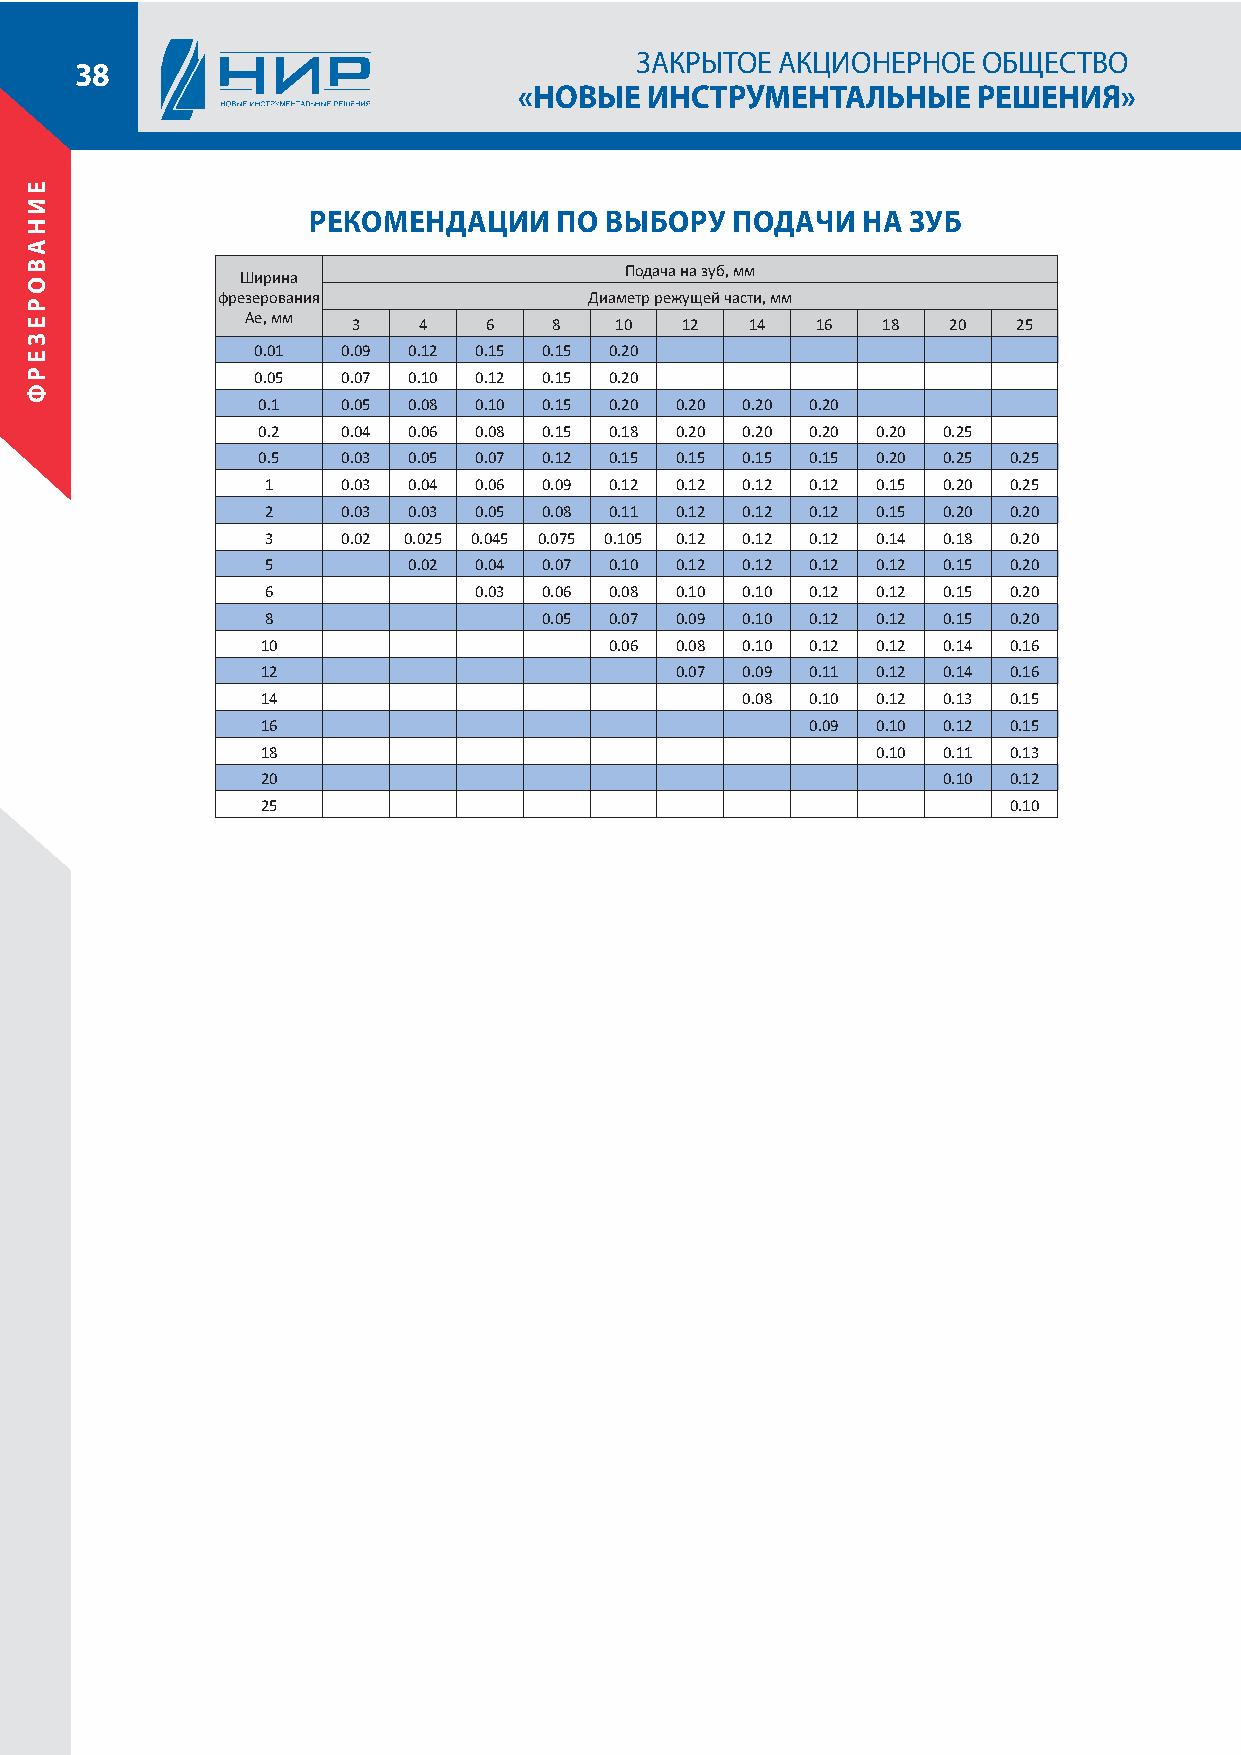
ЗАКРЫТОЕ АКЦИОНЕРНОЕ   ОБЩЕСТВО
 38
 «НОВЫЕ   ИНСТРУМЕНТАЛЬНЫЕ      РЕШЕНИЯ»
 РЕКОМЕНДАЦИИ     ПО ВЫБОРУ  ПОДАЧИ   НА ЗУБ
 Подача на зуб, мм
 Ширина
 фрезерования             Диаметр режущей части, мм
 Ae, мм
 3    4   6    8   10  12   14  16  18   20  25
 0.01  0.09 0.12 0.15 0.15 0.20
 0.05  0.07 0.10 0.12 0.15 0.20
 0.1   0.05 0.08 0.10 0.15 0.20 0.20 0.20 0.20
 0.2   0.04 0.06 0.08 0.15 0.18 0.20 0.20 0.20 0.20 0.25
 0.5   0.03 0.05 0.07 0.12 0.15 0.15 0.15 0.15 0.20 0.25 0.25
 1    0.03 0.04 0.06 0.09 0.12 0.12 0.12 0.12 0.15 0.20 0.25
 2    0.03 0.03 0.05 0.08 0.11 0.12 0.12 0.12 0.15 0.20 0.20
 3    0.02 0.025 0.045 0.075 0.105 0.12 0.12 0.12 0.14 0.18 0.20
 5        0.02 0.04 0.07 0.10 0.12 0.12 0.12 0.12 0.15 0.20
 6            0.03 0.06 0.08 0.10 0.10 0.12 0.12 0.15 0.20
 8                 0.05 0.07 0.09 0.10 0.12 0.12 0.15 0.20
 10                     0.06 0.08 0.10 0.12 0.12 0.14 0.16
 12                          0.07 0.09 0.11 0.12 0.14 0.16
 14                              0.08 0.10 0.12 0.13 0.15
 16                                   0.09 0.10 0.12 0.15
 18                                       0.10 0.11 0.13
 20                                           0.10 0.12
 25                                                0.10
 ЕИНАВОРЕЗЕРФ